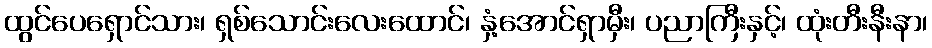
ထွင်ပေရှောင်သား၊ ရှစ်သောင်းလေးထောင်၊ နှံ့အောင်ရှာမှီး၊ ပညာကြီးနှင့်၊ ထုံးတီးနီးနာ၊